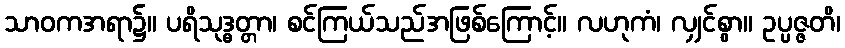
သာဝကအရာ၌။ ပရိသုဒ္ဓတ္တာ၊ စင်ကြယ်သည်အဖြစ်ကြောင့်။ လဟုကံ၊ လျှင်စွာ။ ဥပ္ပဇ္ဇတိ၊